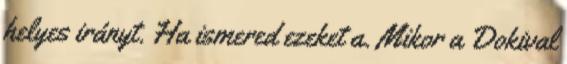
helyes irányt. Ha ismered ezeket a. Mikor a Dokival